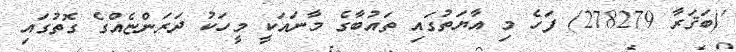
'(ބަޤަރާ 278279) ފަހެ މި އާޔަތުގައި ތައުބާގެ މާނައަކީ މީހަކު ދަރަންޏެއްގެ ގޮތުގައި